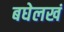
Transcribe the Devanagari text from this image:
बघेलखं